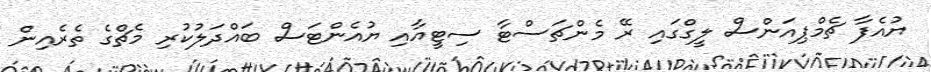
ޔުއެފާ ޗެމްޕިއަންސް ލީގްގައި ރޭ މެންޗަސްޓާ ސިޓީއާއި ޔުއެންޓަސް ބައްދަލުކުރި މެޗްގެ ތެރެއިން